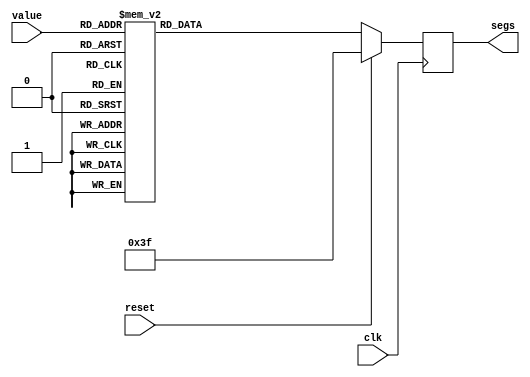
// Chris McKinney
module hex7seg(
		input clk,
		input reset,
		input [3:0] value,
		output reg [6:0] segs);

always @(posedge clk) begin
	if (reset) segs <= 7'b0111111;
	else begin
		case (value)
			4'h0: segs <= 7'b1000000;
			4'h1: segs <= 7'b1111001;
			4'h2: segs <= 7'b0100100;
			4'h3: segs <= 7'b0110000;
			4'h4: segs <= 7'b0011001;
			4'h5: segs <= 7'b0010010;
			4'h6: segs <= 7'b0000010;
			4'h7: segs <= 7'b1111000;
			4'h8: segs <= 7'b0000000;
			4'h9: segs <= 7'b0010000;
			4'hA: segs <= 7'b0001000;
			4'hb: segs <= 7'b0000011;
			4'hC: segs <= 7'b1000110;
			4'hd: segs <= 7'b0100001;
			4'hE: segs <= 7'b0000110;
			4'hF: segs <= 7'b0001110;
			default: segs <= 7'b0111111;
		endcase
	end
end

endmodule